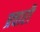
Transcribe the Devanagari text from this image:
प्रचारी